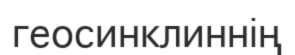
геосинклиннің